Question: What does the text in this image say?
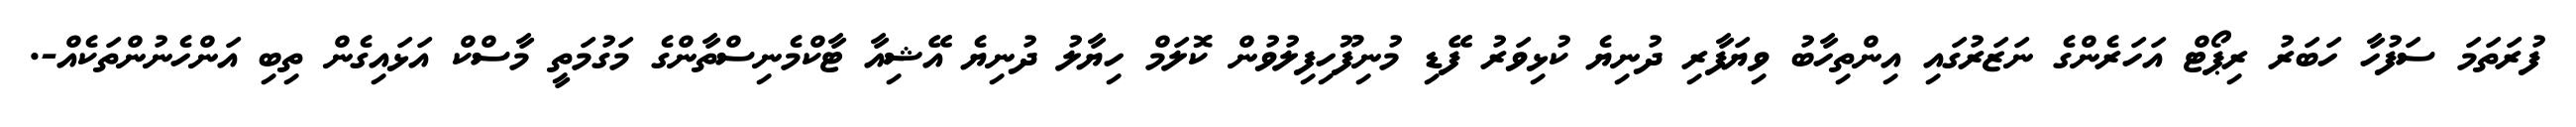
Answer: ފުރަތަމަ ސަފުހާ ހަބަރު ރިޕޯޓް އަހަރެންގެ ނަޒަރުގައި އިންތިހާބު ވިޔަފާރި ދުނިޔެ ކުޅިވަރު ފޭޑި މުނިފޫހިފިލުވުން ކޮލަމް ހިޔާލު ދުނިޔެ އޭޝިއާ ޓާކްމެނިސްތާންގެ މަގުމަތީ މާސްކް އަޅައިގެން ތިބި އަންހެނުންތަކެއް-.